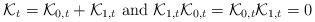
LaTeX: \begin{align*}\mathcal{K}_t = \mathcal{K}_{0,t} + \mathcal{K}_{1,t} \textrm{ and } \mathcal{K}_{1,t} \mathcal{K}_{0,t} = \mathcal{K}_{0,t} \mathcal{K}_{1,t} = 0\end{align*}